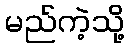
မည်ကဲ့သို့